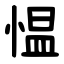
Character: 愠